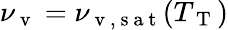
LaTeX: \nu_{\mathrm{~v~}}=\nu_{\mathrm{~v~,~s~a~t~}}(T_{\mathrm{~T~}})